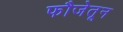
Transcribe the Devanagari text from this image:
फौजेतून